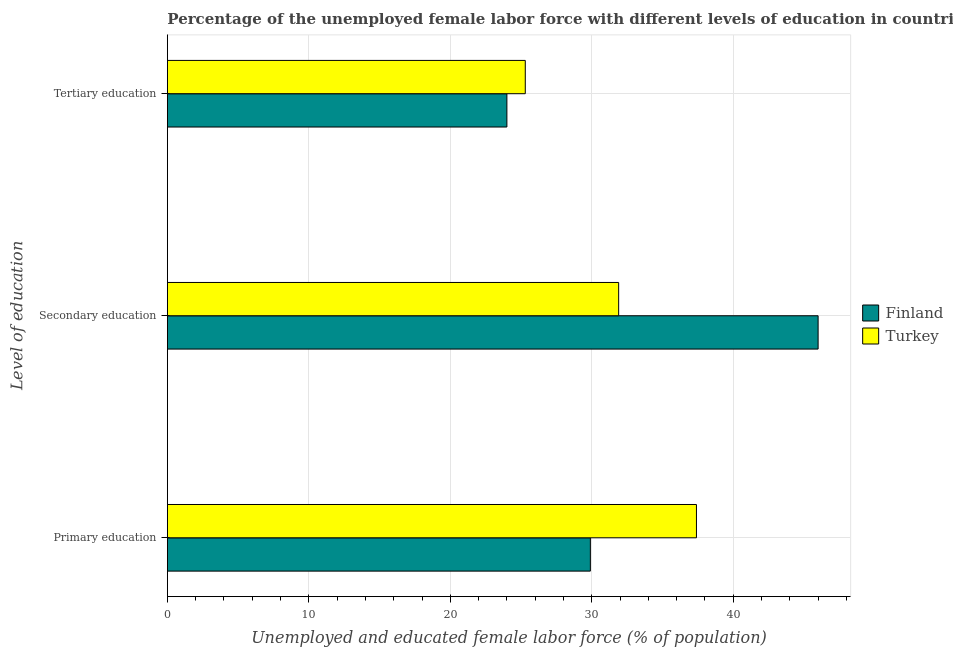
| Level of education | Finland | Turkey |
 | --- | --- | --- |
 | Primary education | 29.9 | 37.4 |
 | Secondary education | 46 | 31.9 |
 | Tertiary education | 24 | 25.3 |